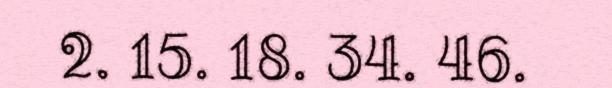
2. 15. 18. 34. 46.